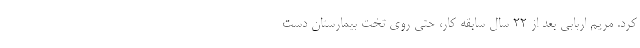
کرد. مریم اربابی بعد از ۲۲ سال سابقه کار، حتی روی تخت بیمارستان دست